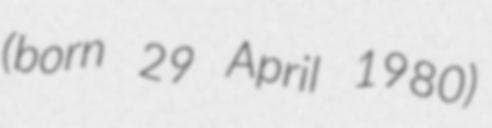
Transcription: (born 29 April 1980)